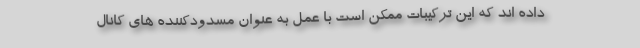
داده اند که این ترکیبات ممکن است با عمل به عنوان مسدودکننده های کانال